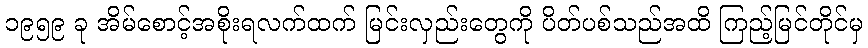
၁၉၅၉ ခု အိမ်စောင့်အစိုးရလက်ထက် မြင်းလှည်းတွေကို ပိတ်ပစ်သည်အထိ ကြည့်မြင်တိုင်မှ